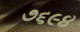
૭૬૯૪